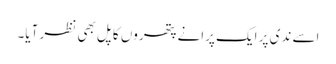
اسے ندی پر ایک پرانے پتھروں کا پل بھی نظر آیا۔